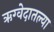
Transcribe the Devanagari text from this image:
ऋग्वेदातल्या